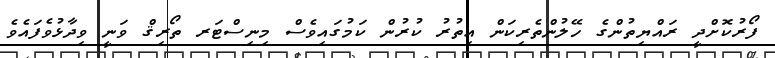
ފޯރުކޮށްދީ ރައްޔިތުންގެ ހޭލުންތެރިކަން އިތުރު ކުރުން ކަމުގައިވެސް މިނިސްޓަރ ތޯރިޤް ވަނީ ވިދާޅުވެފައެވެ